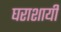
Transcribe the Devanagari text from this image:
घराशायी